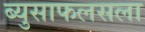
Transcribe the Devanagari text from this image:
ब्युसाफलसला